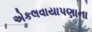
એકલવાયાપણાના